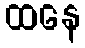
ထနေ